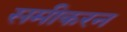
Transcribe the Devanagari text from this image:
समीकरन